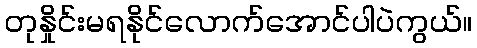
တုနှိုင်းမရနိုင်လောက်အောင်ပါပဲကွယ်။